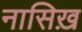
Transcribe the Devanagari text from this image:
नासिख़